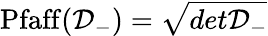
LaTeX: \mathrm{Pfaff}({\cal D}_{-})=\sqrt{det{\cal D}_{-}}